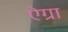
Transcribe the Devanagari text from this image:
ऐग्रा